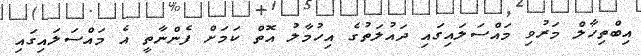
އިބްތިހާލް މަރުވި މައްސަލައިގައި ދައުލަތުގެ އިހުމާލު އޮތް ކަމަށް ފެންނާތީ އެ މައްސަލައިގައި